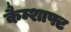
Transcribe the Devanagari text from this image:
कैम्शाफ्ट